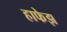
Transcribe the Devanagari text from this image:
हाफेझ